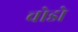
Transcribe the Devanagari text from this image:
चोडो